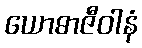
ယောဓာဇီဝါနံ